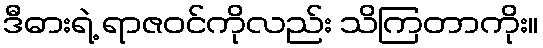
ဒီဓားရဲ့ ရာဇဝင်ကိုလည်း သိကြတာကိုး။